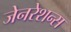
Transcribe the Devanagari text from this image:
जेनरेशन्स